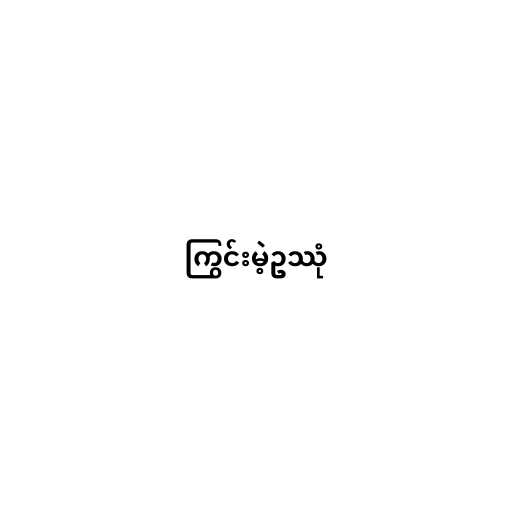
ကြွင်းမဲ့ဥဿုံ